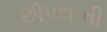
છીપલાની